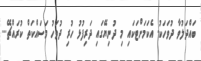
ބައްދަލުވާ ދުވަހަކު. އެކަމަށްޓަކައި މި ދުނިޔޭގައި ދަރިފުޅު ހުރި ދުވަހު މަސައްކަތް ކުރައްޗޭ....